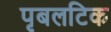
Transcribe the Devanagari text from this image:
पृबलटिक